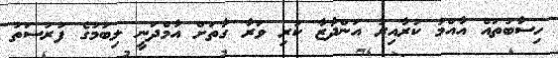
ހިސާބުތައް އާއްމު ކުރާއިރު އަންދާޒާ ކުރި ވަރާ ގާތަށް އާމްދަނީ ލިބުމުގެ ފުރުސަތު